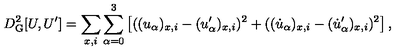
D _ { \mathrm { G } } ^ { 2 } [ U , U ^ { \prime } ] = \sum _ { x , i } \sum _ { \alpha = 0 } ^ { 3 } \left[ ( ( u _ { \alpha } ) _ { x , i } - ( u _ { \alpha } ^ { \prime } ) _ { x , i } ) ^ { 2 } + ( ( \dot { u } _ { \alpha } ) _ { x , i } - ( \dot { u } _ { \alpha } ^ { \prime } ) _ { x , i } ) ^ { 2 } \right] ,